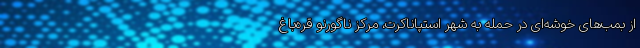
از بمب‌های خوشه‌ای در حمله به شهر استپاناکرت، مرکز ناگورنو قره‌باغ